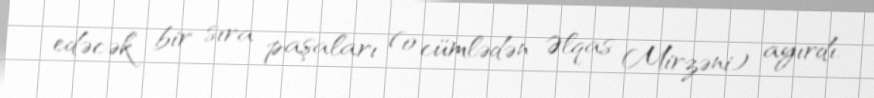
edəcək bir sıra paşaları (o cümlədən Əlqas Mirzəni) ayırdı.